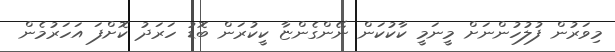
މިވަރުން ފުލުހުންނަށް މީނަމީ ކާކުކަން ނޭންގެންޏާ ކީކުރަން ބޮޑު ހަރަދު ކޮށްފަ އަހަރުމެން